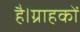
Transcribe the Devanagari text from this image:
है।ग्राहकों